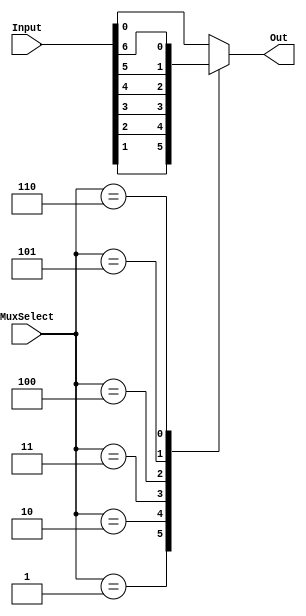
module mux7to1(Input, MuxSelect, Out);
	output reg Out;
	input [6:0] Input;
	input [2:0] MuxSelect;
	//output out;

	always @(*)
	begin
		case(MuxSelect[2:0])	// the 3 selectors 
			3'b000: Out = Input[0];
			3'b001: Out = Input[1];
			3'b010: Out = Input[2];
			3'b011: Out = Input[3];
			3'b100: Out = Input[4];
			3'b101: Out = Input[5];
			3'b110: Out = Input[6];
			default: Out = Input[0];
		endcase
	end
endmodule